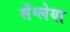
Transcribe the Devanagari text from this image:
सेंग्लेया